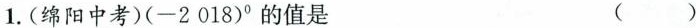
1.(绵阳中考)(-2018)°的值是 （）